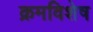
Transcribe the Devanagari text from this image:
क्रमविशेष